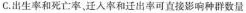
C.出生率和死亡率、迁入率和迁出率可直接影响种群数量